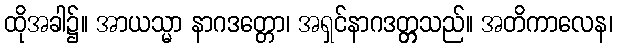
ထိုအခါ၌။ အာယသ္မာ နာဂဒတ္တော၊ အရှင်နာဂဒတ္တ္တသည်။ အတိကာလေန၊